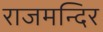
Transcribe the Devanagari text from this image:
राजमन्दिर